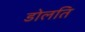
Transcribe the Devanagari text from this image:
डोलति